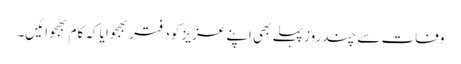
وفات سے چندروز پہلے بھی اپنے عزیز کو دفتر بھجوایا کہ کام بھجوائیں۔